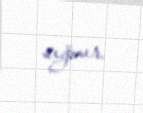
sığmır.